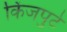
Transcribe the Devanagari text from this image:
किंजपुटे